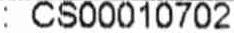
: CS00010702